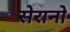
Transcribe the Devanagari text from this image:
सेरानो